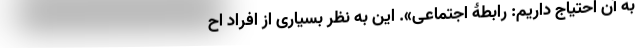
به آن احتیاج داریم: رابطۀ اجتماعی». این به نظر بسیاری از افراد اح